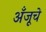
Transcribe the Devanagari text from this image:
अँजूचे